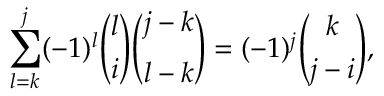
\sum _ { l = k } ^ { j } ( - 1 ) ^ { l } { \binom { l } { i } } { \binom { j - k } { l - k } } = ( - 1 ) ^ { j } { \binom { k } { j - i } } ,